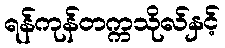
ရန်ကုန်တက္ကသိုလ်နှင့်